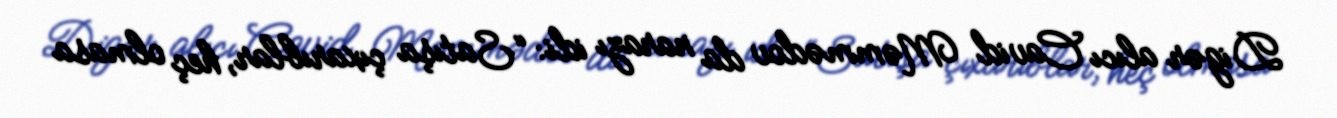
Digər alıcı Cavid Məmmədov da narazı idi: “Satışa çıxarıblar, heç olmasa